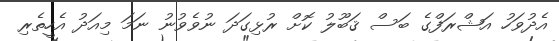
އެދުވަހު އަޝްރަފްގެ ބަސް ޤަބޫލު ކޮށް ރުޅިގަދަ ނުވެވުނު ނަމަ މިއަދު އެހީތެރި